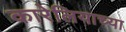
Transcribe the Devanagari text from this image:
कारेलियाच्या